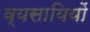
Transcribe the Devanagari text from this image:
व्यसायियों